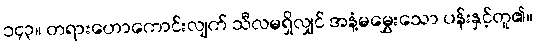
၁၄၃။ တရားဟောကောင်းလျက် သီလမရှိလျှင် အနံ့မမွှေးသော ပန်းနှင့်တူ၏။